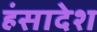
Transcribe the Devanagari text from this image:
हंसादेश